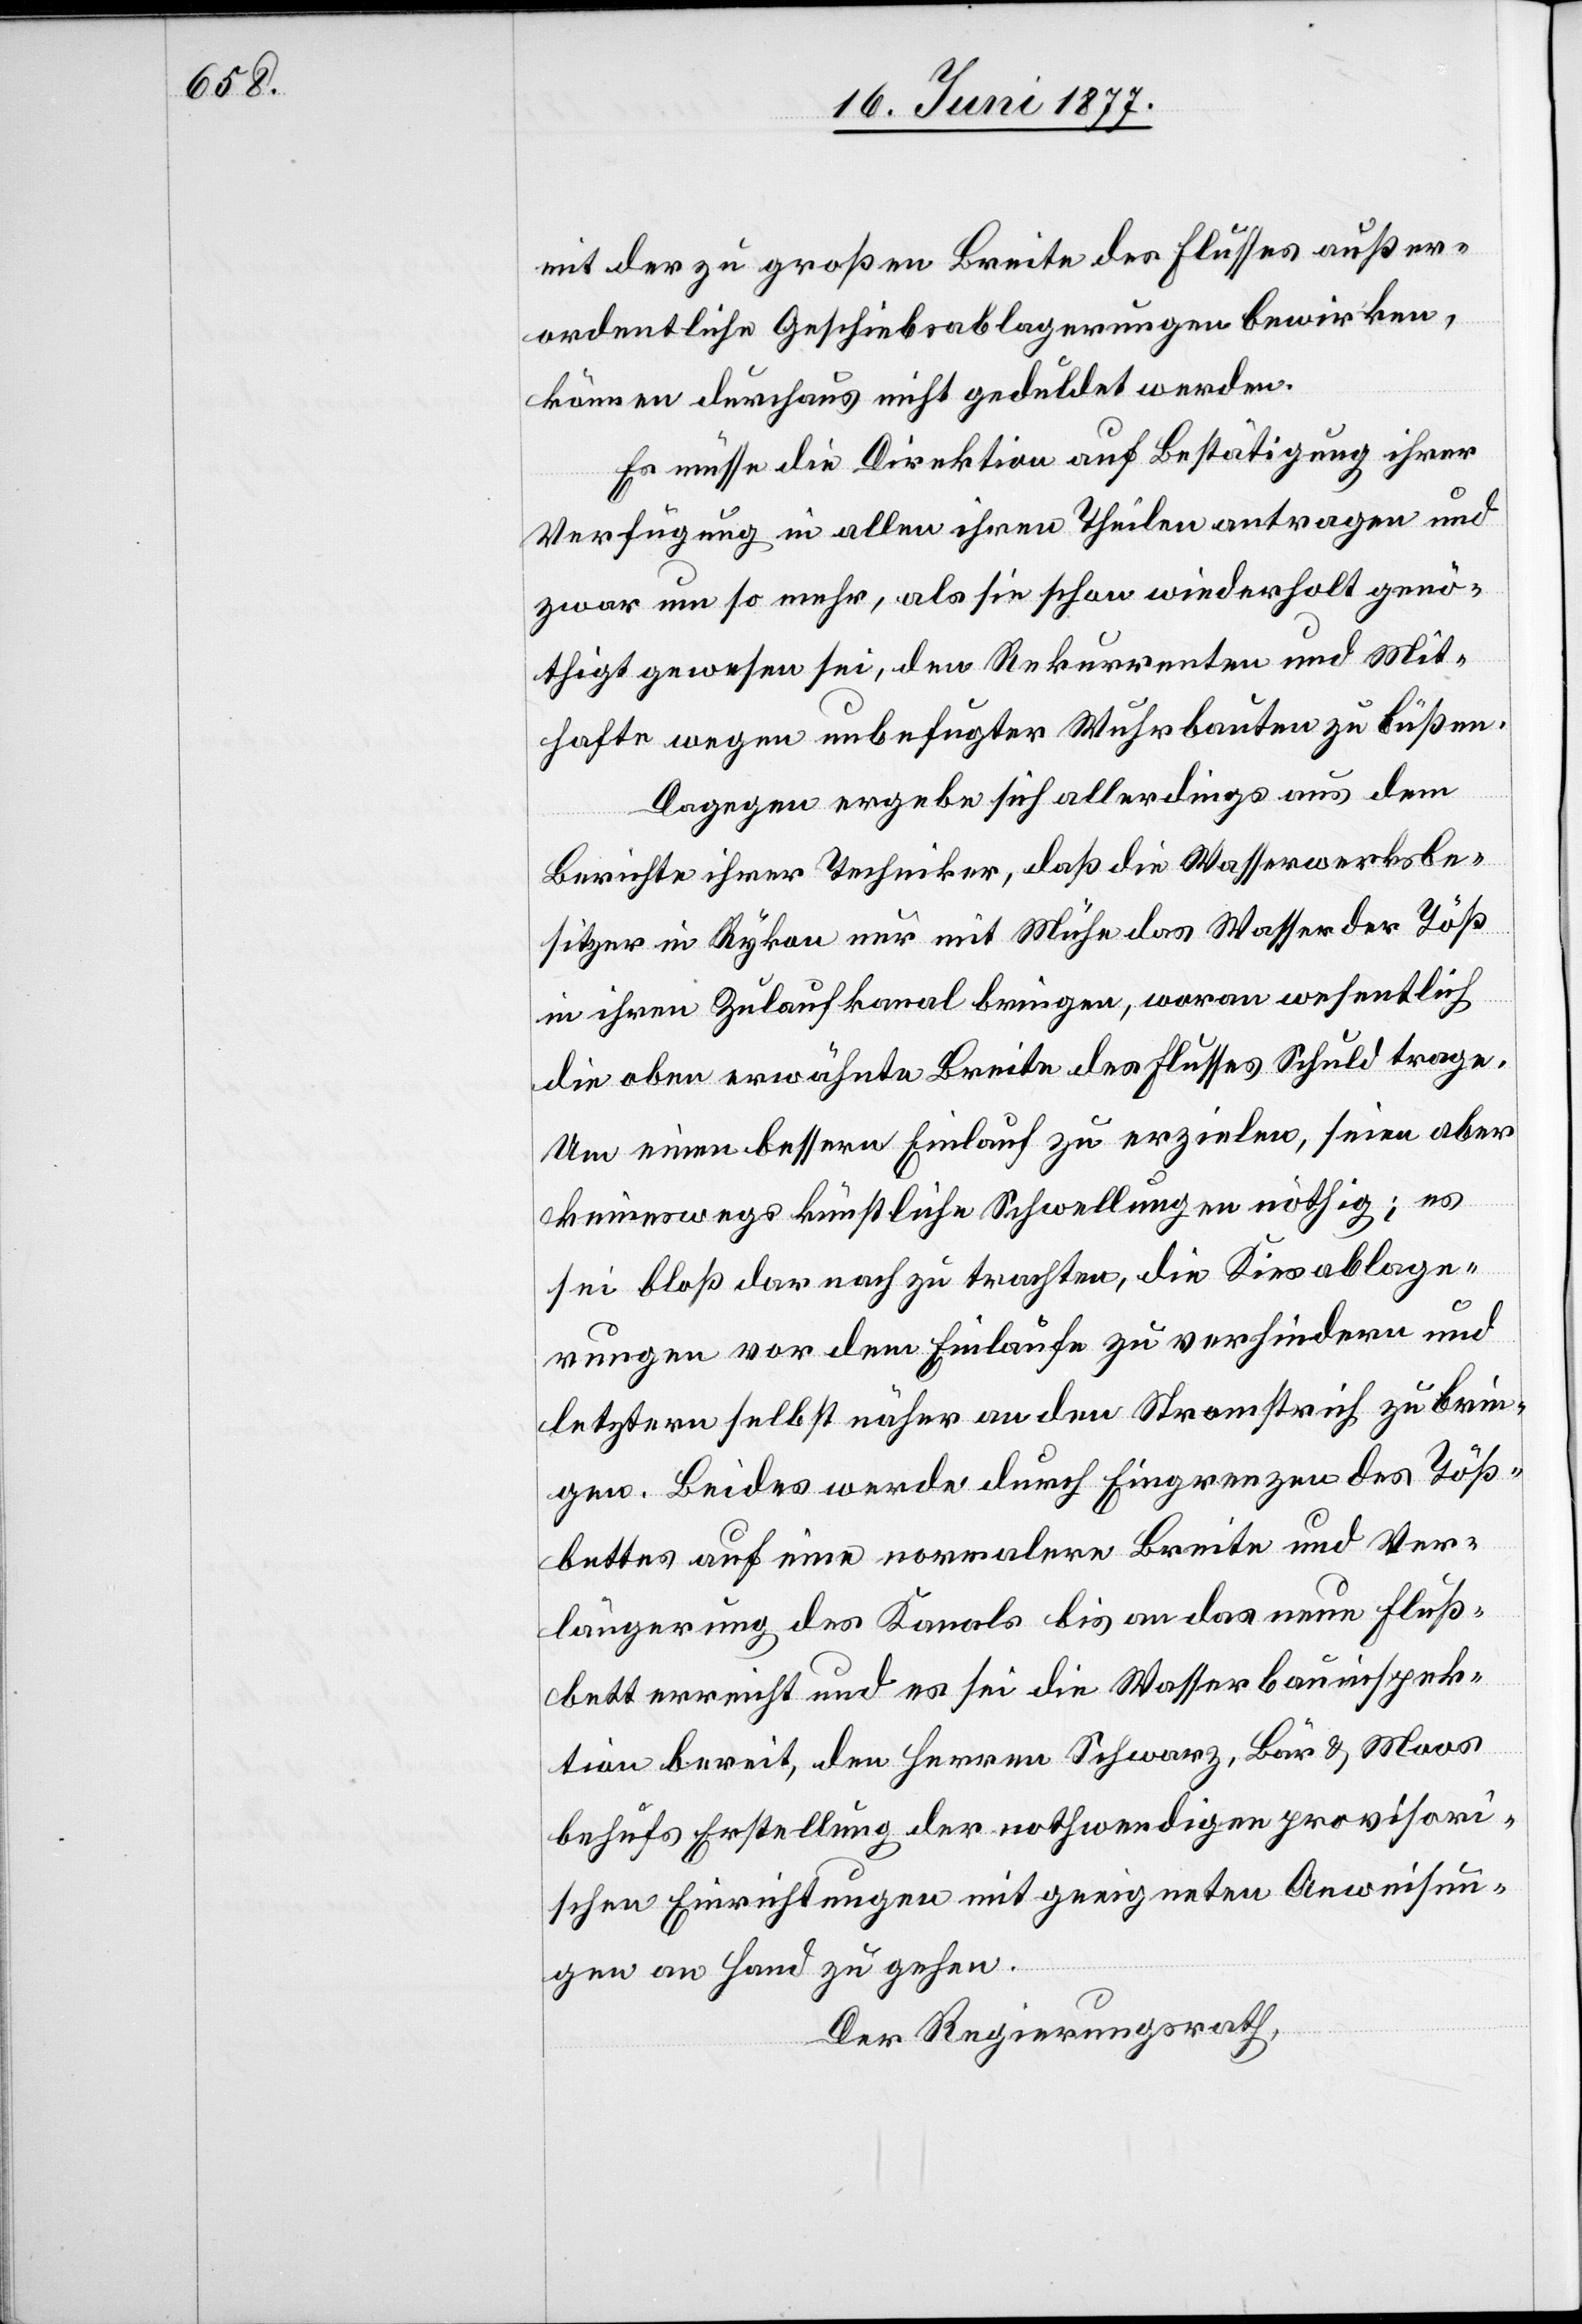
mit der zu großen Breite des Flusses außer¬
ordentliche Geschiebeablagerungen bewirken,
können durchaus nicht geduldet werden.
Es müsse die Direktion auf Bestätigung ihrer
Verfügung in allen ihren Theilen antragen und
zwar um so mehr, als sie schon wiederholt genö¬
thigt gewesen sei, den Rekurrenten und Mit¬
hafte wegen unbefugter Wuhrbauten zu büßen.
Dagegen ergebe sich allerdings aus dem
Berichte ihrer Techniker, daß die Wasserwerksbe¬
sitzer in Rykon nur mit Mühe das Wasser der Töß
in ihren Zulaufkanal bringen, woran wesentlich
die oben erwähnte Breite des Flusses Schuld trage.
Um einen bessern Einlauf zu erzielen, seien aber
keineswegs künstliche Schwellungen nöthig; es
sei bloß darnach zu trachten, die Kiesablage¬
rungen vor dem Einlaufe zu verhindern und
letztern selbst näher an den Stromstrich zu brin¬
gen, Beides werde durch Eingrenzen des Töß¬
bettes auf eine normale Breite und Ver¬
längerung des Kanals bis an das neue Fluß¬
bett erreicht und es sei die Wasserbauinspek¬
tion bereit, den Herren Schwarz, Bär & Moos
behufs Erstellung der nothwendigen provisori¬
schen Einrichtungen mit geeigneten Anweisun¬
gen an Hand zu gehen.
Der Regierungsrath,